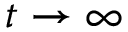
t \rightarrow \infty